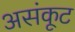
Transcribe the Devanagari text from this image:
असंकूट